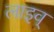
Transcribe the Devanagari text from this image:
लाइव्